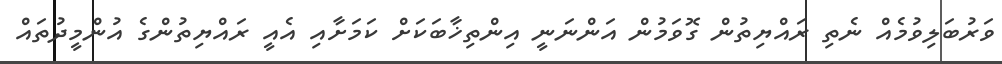
ވަރުބަލިވުމެއް ނެތި ރައްޔިތުން ގޮވަމުން އަންނަނީ އިންތިޚާބަކަށް ކަމަށާއި އެއީ ރައްޔިތުންގެ އުންމީދުތައް